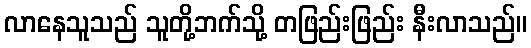
လာနေသူသည် သူတို့ဘက်သို့ တဖြည်းဖြည်း နီးလာသည်။